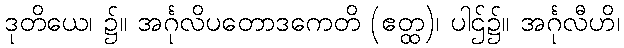
ဒုတိယေ၊ ၌။ အင်္ဂုလိပတောဒကေတိ (ဧတ္ထ)၊ ပါဌ်၌။ အင်္ဂုလီဟိ၊